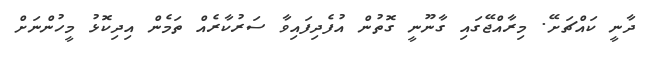
ދާނީ ކައްޗަށޭ. މިރާއްޖޭގައި ގާނޫނީ ގޮތުން އުފެދިފައިވާ ސަރުކާރެއް ތަމެން އިދިކޮޅު މީހުންނަށް